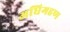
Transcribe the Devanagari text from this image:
अधिगहण